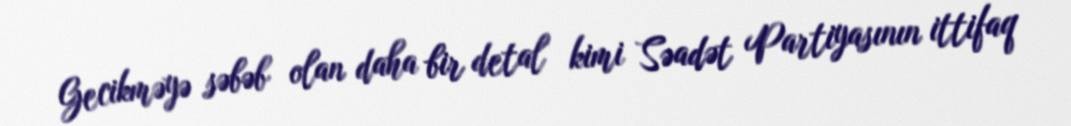
Gecikməyə səbəb olan daha bir detal kimi Səadət Partiyasının ittifaq